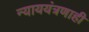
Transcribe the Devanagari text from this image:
न्याययंत्रणाही